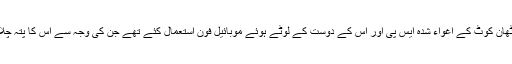
اُنھوں نے پٹھان کوٹ کے اغواء شدہ ایس پی اور اُس کے دوست کے لوٹے ہوئے موبائیل فون استعمال کئے تھے جن کی وجہ سے اِس کا پتہ چلایا جاسکے۔